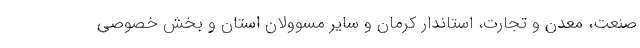
صنعت، معدن و تجارت، استاندار کرمان و سایر مسوولان استان و بخش خصوصی